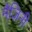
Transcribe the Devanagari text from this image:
मैज़िनी